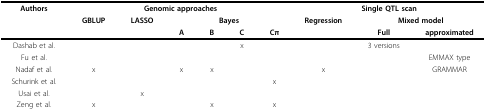
| Authors | <COLSPAN=6> Genomic approaches | <COLSPAN=3> Single QTL scan |
 |  | GBLUP | LASSO | <COLSPAN=4> Bayes | Regression | <COLSPAN=2> Mixed model |
 |  |  |  | A | B | C | Cπ |  | Full | approximated |
 | --- | --- | --- | --- | --- | --- | --- | --- | --- | --- |
 | Dashab et al. |  |  |  |  | x |  |  | 3 versions |  |
 | Fu et al. |  |  |  |  |  |  |  |  | EMMAX type |
 | Nadaf et al. | x |  | x | x |  |  | x |  | GRAMMAR |
 | Schurink et al. |  |  |  |  |  | x |  |  |  |
 | Usai et al. |  | x |  |  |  |  |  |  |  |
 | Zeng et al. | x |  |  | x |  | x |  |  |  |